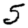
Digit: 5